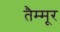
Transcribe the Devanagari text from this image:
तैम्मूर